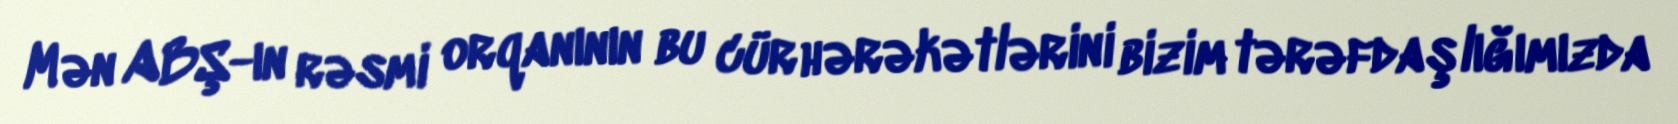
Mən ABŞ-ın rəsmi orqanının bu cür hərəkətlərini bizim tərəfdaşlığımızda